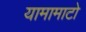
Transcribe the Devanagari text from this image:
यामामाटो